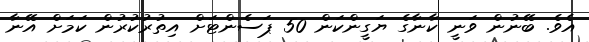
އެވެ. ބޭނުން ވަނީ ކާނާގެ ޔަގީންކަން 50 ޕަސެންޓަށް އިތުރުކުރުން ކަމަށް އޭނާ